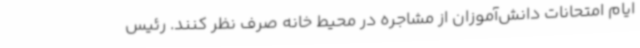
ایام امتحانات دانش‌آموزان از مشاجره در محیط خانه صرف نظر کنند. رئیس